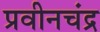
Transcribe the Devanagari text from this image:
प्रवीनचंद्र